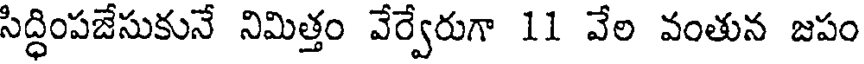
సిద్ధింపజేసుకునే నిమిత్తం వేర్వేరుగా 11 వేల వంతున జపం